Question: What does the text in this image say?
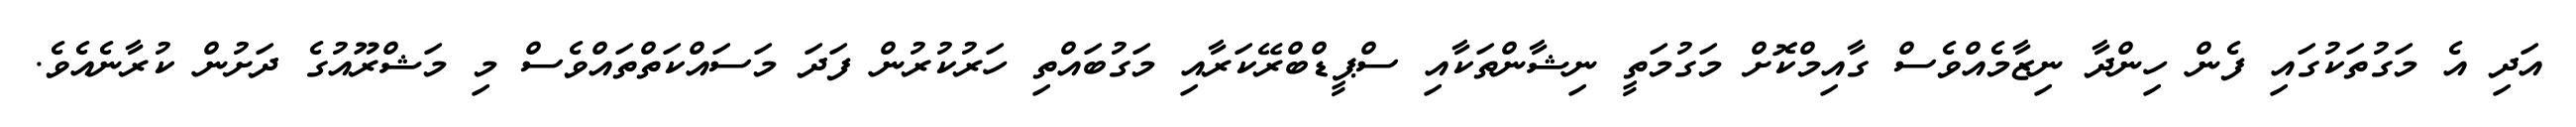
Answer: އަދި އެ މަގުތަކުގައި ފެން ހިންދާ ނިޒާމެއްވެސް ގާއިމްކޮށް މަގުމަތީ ނިޝާންތަކާއި ސްޕީޑްބްރޭކަރާއި މަގުބައްތި ހަރުކުރުން ފަދަ މަސައްކަތްތައްވެސް މި މަޝްރޫއުގެ ދަށުން ކުރާނެއެވެ.